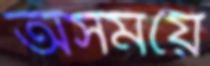
অসময়ে